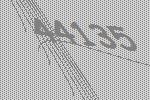
44135